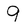
Character: 9